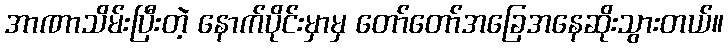
အာဏာသိမ်းပြီးတဲ့ နောက်ပိုင်းမှာမှ တော်တော်အခြေအနေဆိုးသွားတယ်။